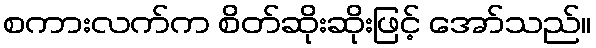
စကားလက်က စိတ်ဆိုးဆိုးဖြင့် အော်သည်။